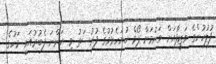
ފުލުހުންގެ ވަޒީފާއަށް ވަނުމަށް ފޯމް ހުށަހެޅުމުގެ ފުރުސަތު މި އަންނަ ފެބުރުއަރީ މަހުގެ